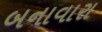
બનાવારા